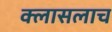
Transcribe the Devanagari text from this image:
क्लासलाच